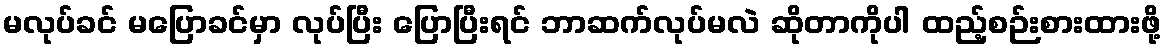
မလုပ်ခင် မပြောခင်မှာ လုပ်ပြီး ပြောပြီးရင် ဘာဆက်လုပ်မလဲ ဆိုတာကိုပါ ထည့်စဉ်းစားထားဖို့